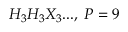
H _ { 3 } H _ { 3 } X _ { 3 } . . . , \; P = 9